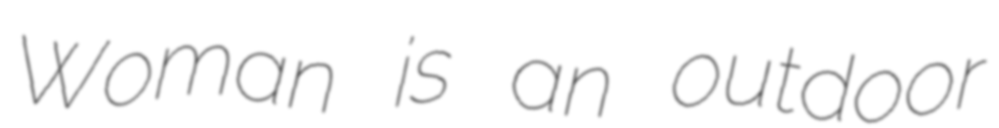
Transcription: Woman is an outdoor